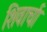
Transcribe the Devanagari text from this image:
शिवार्चा